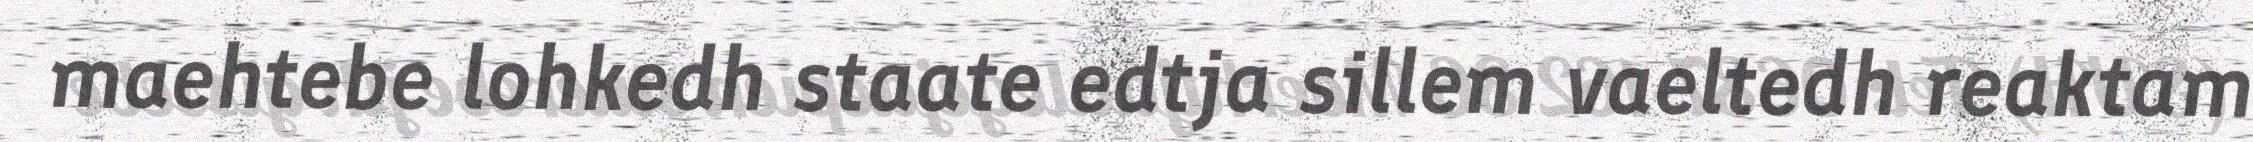
maehtebe lohkedh staate edtja sillem vaeltedh reaktam